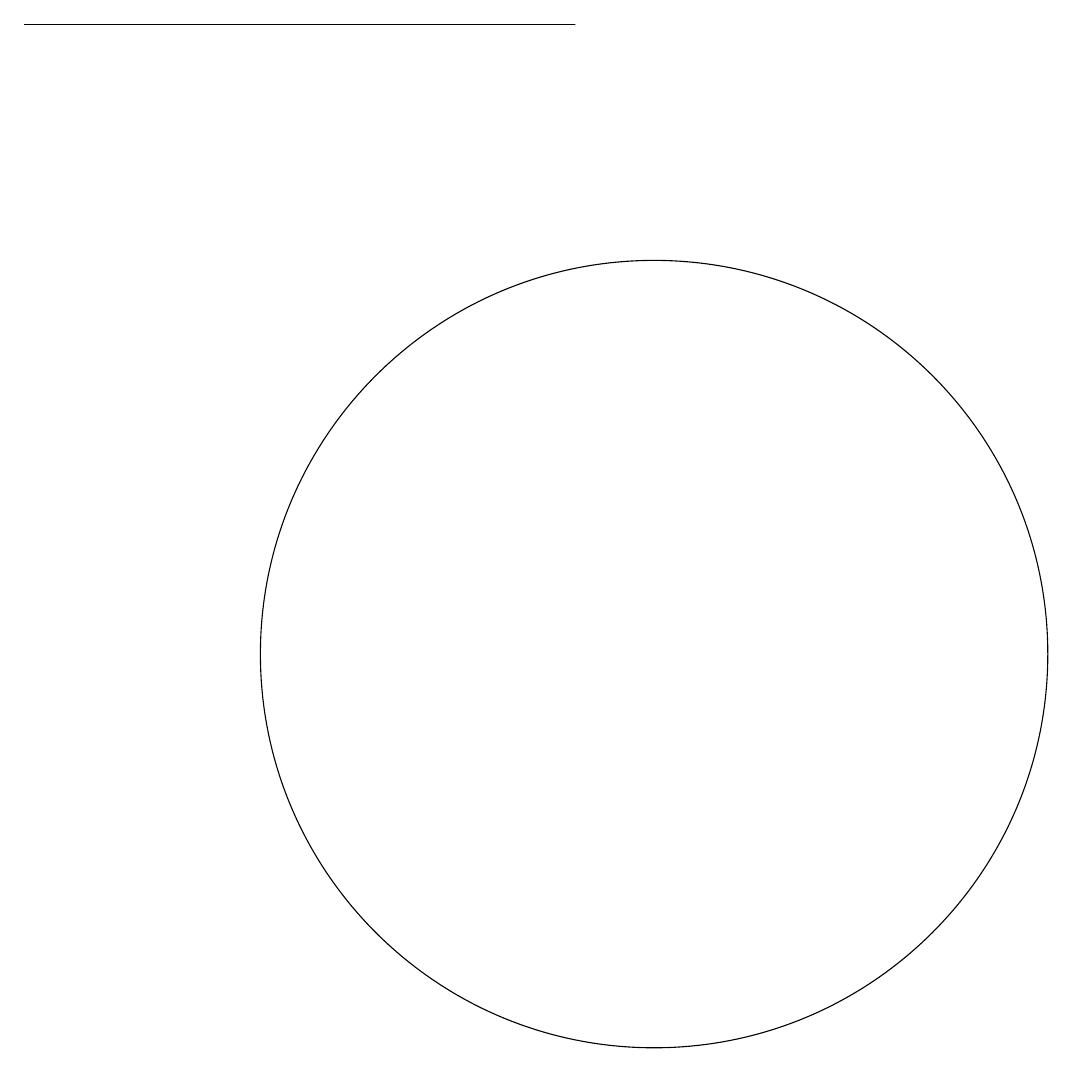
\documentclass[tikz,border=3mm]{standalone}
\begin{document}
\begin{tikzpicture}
\draw (10,11) circle (5);
\draw (10,12) circle (0);
\draw (2,19) rectangle (9,19);
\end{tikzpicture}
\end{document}